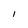
Character: d